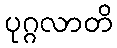
ပုဂ္ဂလာတိ